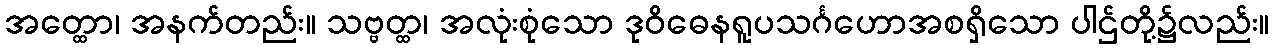
အတ္ထော၊ အနက်တည်း။ သဗ္ဗတ္ထ၊ အလုံးစုံသော ဒုဝိဓေနရူပသင်္ဂဟောအစရှိသော ပါဌ်တို့၌လည်း။